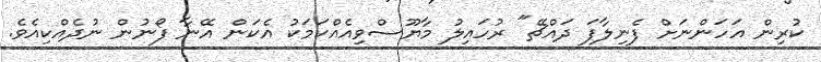
ކުރިން އަހަންނަށް ފެނިލާފަ ދައްޗޭ" ރުހައިލު މާޔޫސްވިއެއްކަމަކު އެކަން އޭނާ ފޯނުން ނުދެއްކިއެވެ.